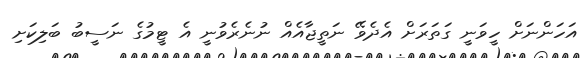
އަހަންނަށް ހީވަނީ ގަތަރަށް އެދެވޭ ނަތީޖާއެއް ނުނެރެވުނީ އެ ޓީމުގެ ނަސީބު ބަލިކަށި